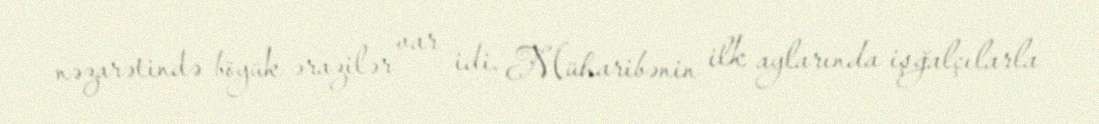
nəzarətində böyük ərazilər var idi. Müharibənin ilk aylarında işğalçılarla